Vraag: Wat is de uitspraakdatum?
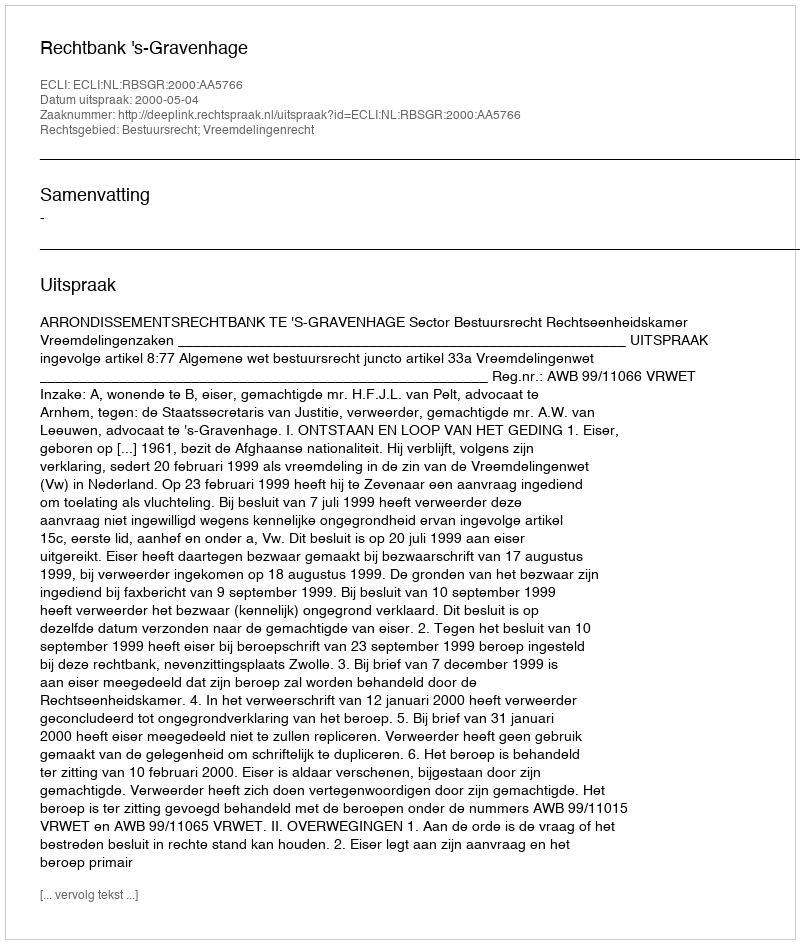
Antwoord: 2000-05-04